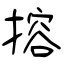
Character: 搈